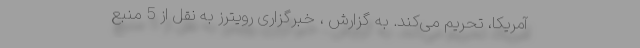
آمریکا، تحریم می‌کند. به گزارش ، خبرگزاری رویترز به نقل از 5 منبع